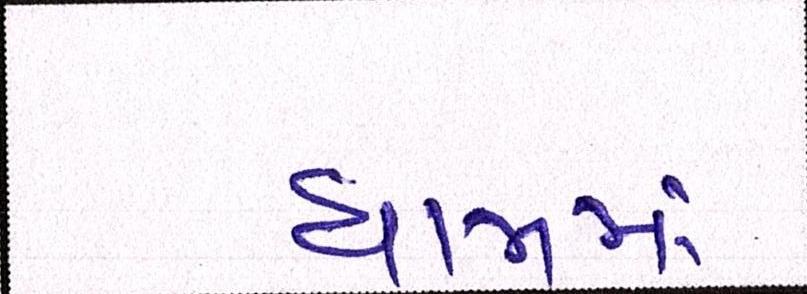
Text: ધામમાં